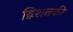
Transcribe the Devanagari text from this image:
द्विशतकी